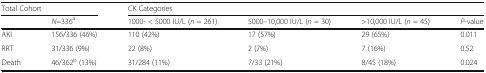
<table><thead><tr><td colspan="2"><b>Total Cohort</b></td><td colspan="4"><b>CK Categories</b></td></tr><tr><td></td><td><b><i>N</i>=336<sup>a</sup></b></td><td><b>1000- &lt; 5000 IU/L (<i>n</i> = 261)</b></td><td><b>5000–10,000 IU/L (<i>n</i> = 30)</b></td><td><b>&gt;10,000 IU/L (<i>n</i> = 45)</b></td><td><b><i>P</i>-value</b></td></tr></thead><tbody><tr><td>AKI</td><td>156/336 (46%)</td><td>110 (42%)</td><td>17 (57%)</td><td>29 (65%)</td><td>0.011</td></tr><tr><td>RRT</td><td>31/336 (9%)</td><td>22 (8%)</td><td>2 (7%)</td><td>7 (16%)</td><td>0.52</td></tr><tr><td>Death</td><td>46/362<sup>b</sup> (13%)</td><td>31/284 (11%)</td><td>7/33 (21%)</td><td>8/45 (18%)</td><td>0.024</td></tr></tbody></table>